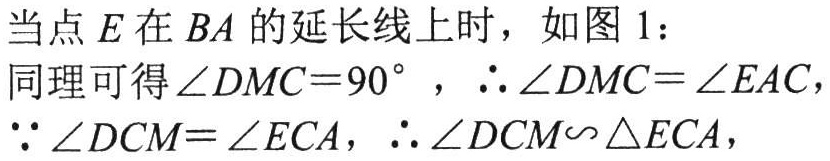
当点\(E\)在\(BA\)的延长线上时，如图1：

同理可得\(\angle DMC = 90^{\circ}\)，\(\therefore\angle DMC=\angle EAC\)，

\(\because\angle DCM=\angle ECA\)，\(\therefore\triangle DCM\sim\triangle ECA\)，